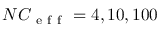
N C _ { \mathrm { ~ e ~ f ~ f ~ } } = 4 , 1 0 , 1 0 0